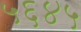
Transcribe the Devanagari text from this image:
५६४५